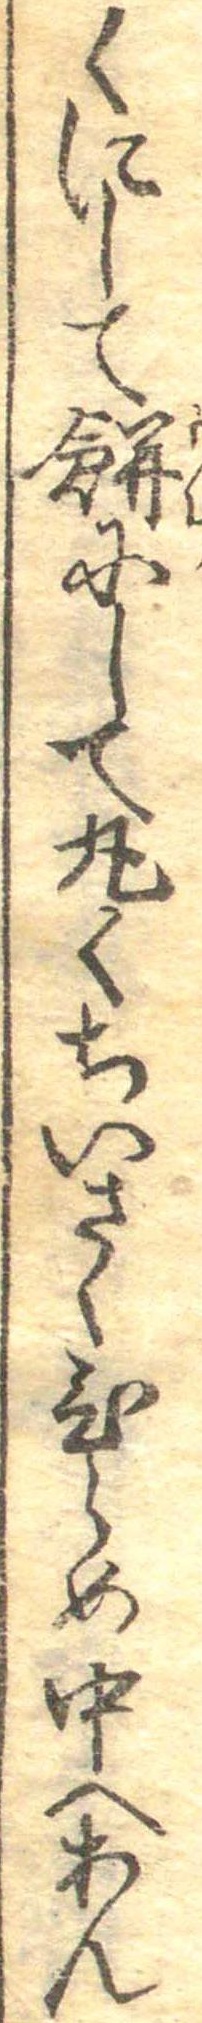
くにして餅にして丸くちいさくひらめ中へあん